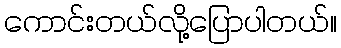
ကောင်းတယ်လို့ပြောပါတယ်။